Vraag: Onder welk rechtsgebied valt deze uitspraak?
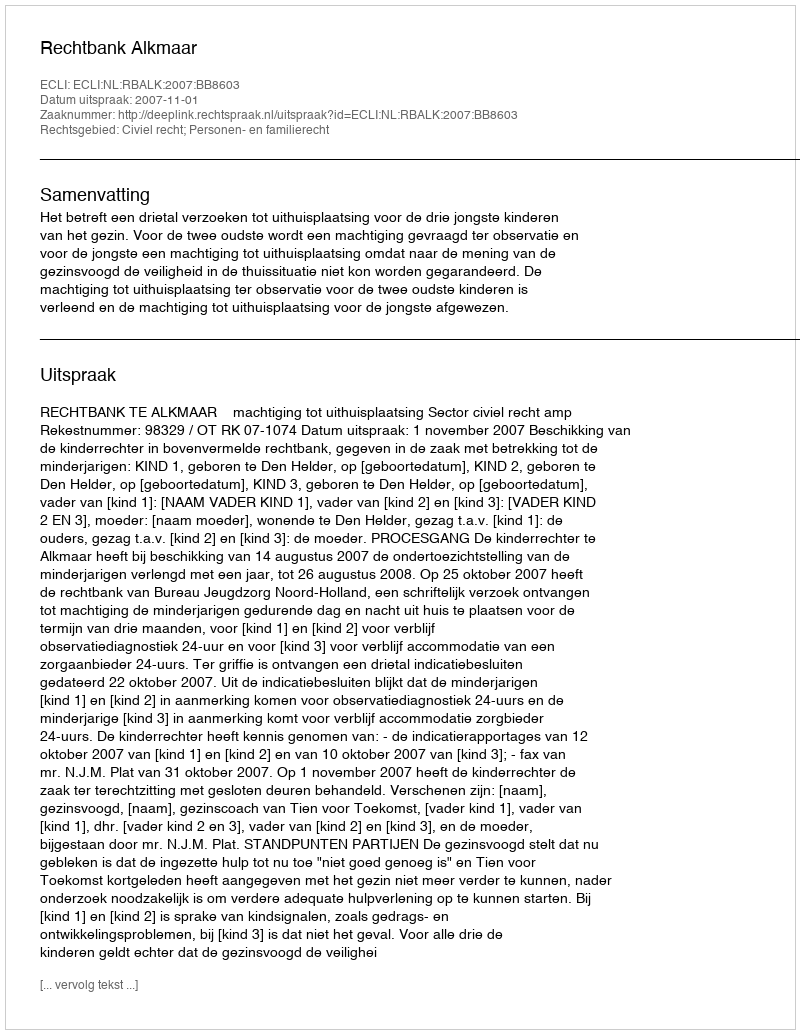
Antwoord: Civiel recht; Personen- en familierecht